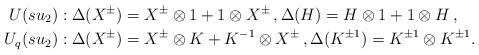
LaTeX: \begin{align*} U(su_2):{}& \Delta(X^{\pm}) = X^{\pm} \otimes 1 + 1 \otimes X^{\pm} \,, \Delta(H) = H \otimes 1 + 1 \otimes H \,,\\ U_q(su_2):{}& \Delta(X^{\pm}) = X^{\pm} \otimes K + K^{-1} \otimes X^{\pm} \,, \Delta(K^{\pm 1}) = K^{\pm 1} \otimes K^{\pm 1} .\end{align*}